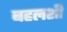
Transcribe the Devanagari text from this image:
बहलशी